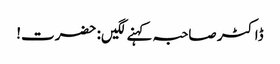
ڈاکٹر صاحبہ کہنے لگیں: حضرت!